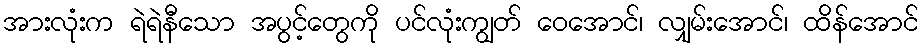
အားလုံးက ရဲရဲနီသော အပွင့်တွေကို ပင်လုံးကျွတ် ဝေအောင်၊ လျှမ်းအောင်၊ ထိန်အောင်